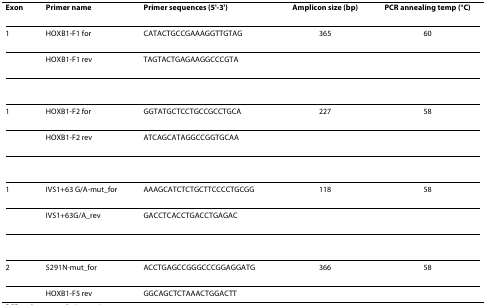
| Exon | Primer name | Primer sequences (5'-3') | Amplicon size (bp) | PCR annealing temp (°C) |
 | --- | --- | --- | --- | --- |
 | 1 | HOXB1-F1 for | CATACTGCCGAAAGGTTGTAG | 365 | 60 |
 |  | HOXB1-F1 rev | TAGTACTGAGAAGGCCCGTA |  |  |
 | 1 | HOXB1-F2 for | GGTATGCTCCTGCCGCCTGCA | 227 | 58 |
 |  | HOXB1-F2 rev | ATCAGCATAGGCCGGTGCAA |  |  |
 | 1 | IVS1+63 G/A-mut_for | AAAGCATCTCTGCTTCCCCTGCGG | 118 | 58 |
 |  | IVS1+63G/A_rev | GACCTCACCTGACCTGAGAC |  |  |
 | 2 | S291N-mut_for | ACCTGAGCCGGGCCCGGAGGATG | 366 | 58 |
 |  | HOXB1-F5 rev | GGCAGCTCTAAACTGGACTT |  |  |